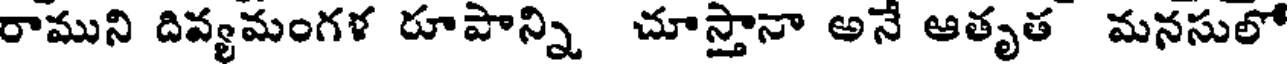
రాముని దివ్యమంగళ రూపాన్ని చూస్తానా అనే ఆతృత మనసులో